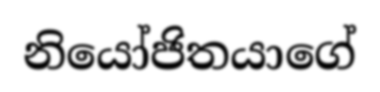
නියෝජිතයාගේ